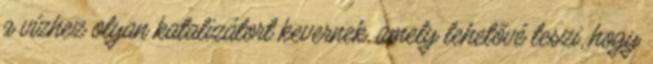
a vízhez olyan katalizátort kevernek, amely lehetővé teszi, hogy